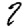
Digit: 2